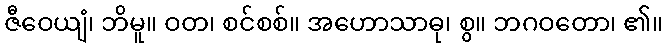
ဇီဝေယျံ၊ ဘိမူ။ ဝတ၊ စင်စစ်။ အဟောသာဓု၊ စွ။ ဘဂဝတော၊ ၏။